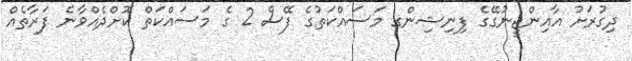
ދިގުރަށު އާއިންޖީނުގޭގެ ފިނިޝިންގ މަސައްކަތުގެ ފޭސް 2 ގެ މަސައްކަތް ކޮށްދެއްވާނެ ފަރާތެއް